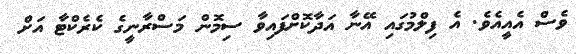
ވެސް އެއީއެވެ. އެ ފިލްމުގައި އޭނާ އަދާކޮށްފައިވާ ސިމޮން މަސްރާނީގެ ކެރެކްޓާ އަށް